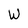
Character: W